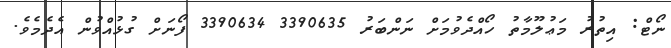
ނޯޓް: އިތުރު މަޢުލޫމާތު ހޯއްދެވުމަށް ނަންބަރު 3390635 3390634 ފޯނަށް ގުޅުއްވުން އެދެމެވެ.